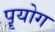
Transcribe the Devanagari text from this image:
पॄयोग